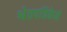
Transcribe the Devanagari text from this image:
श्वेतपत्रिकेने